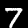
Digit: 7